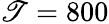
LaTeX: \mathscr{T}=800